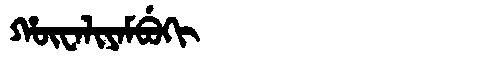
Manchu: ᡥᡡᠸᠠᠯᡳᠶᠠᠮᠪᡠᡴᡳ
Romanization: HŪWALIYAMBUKI